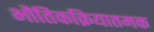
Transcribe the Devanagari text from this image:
भौतिकक्रियातमक